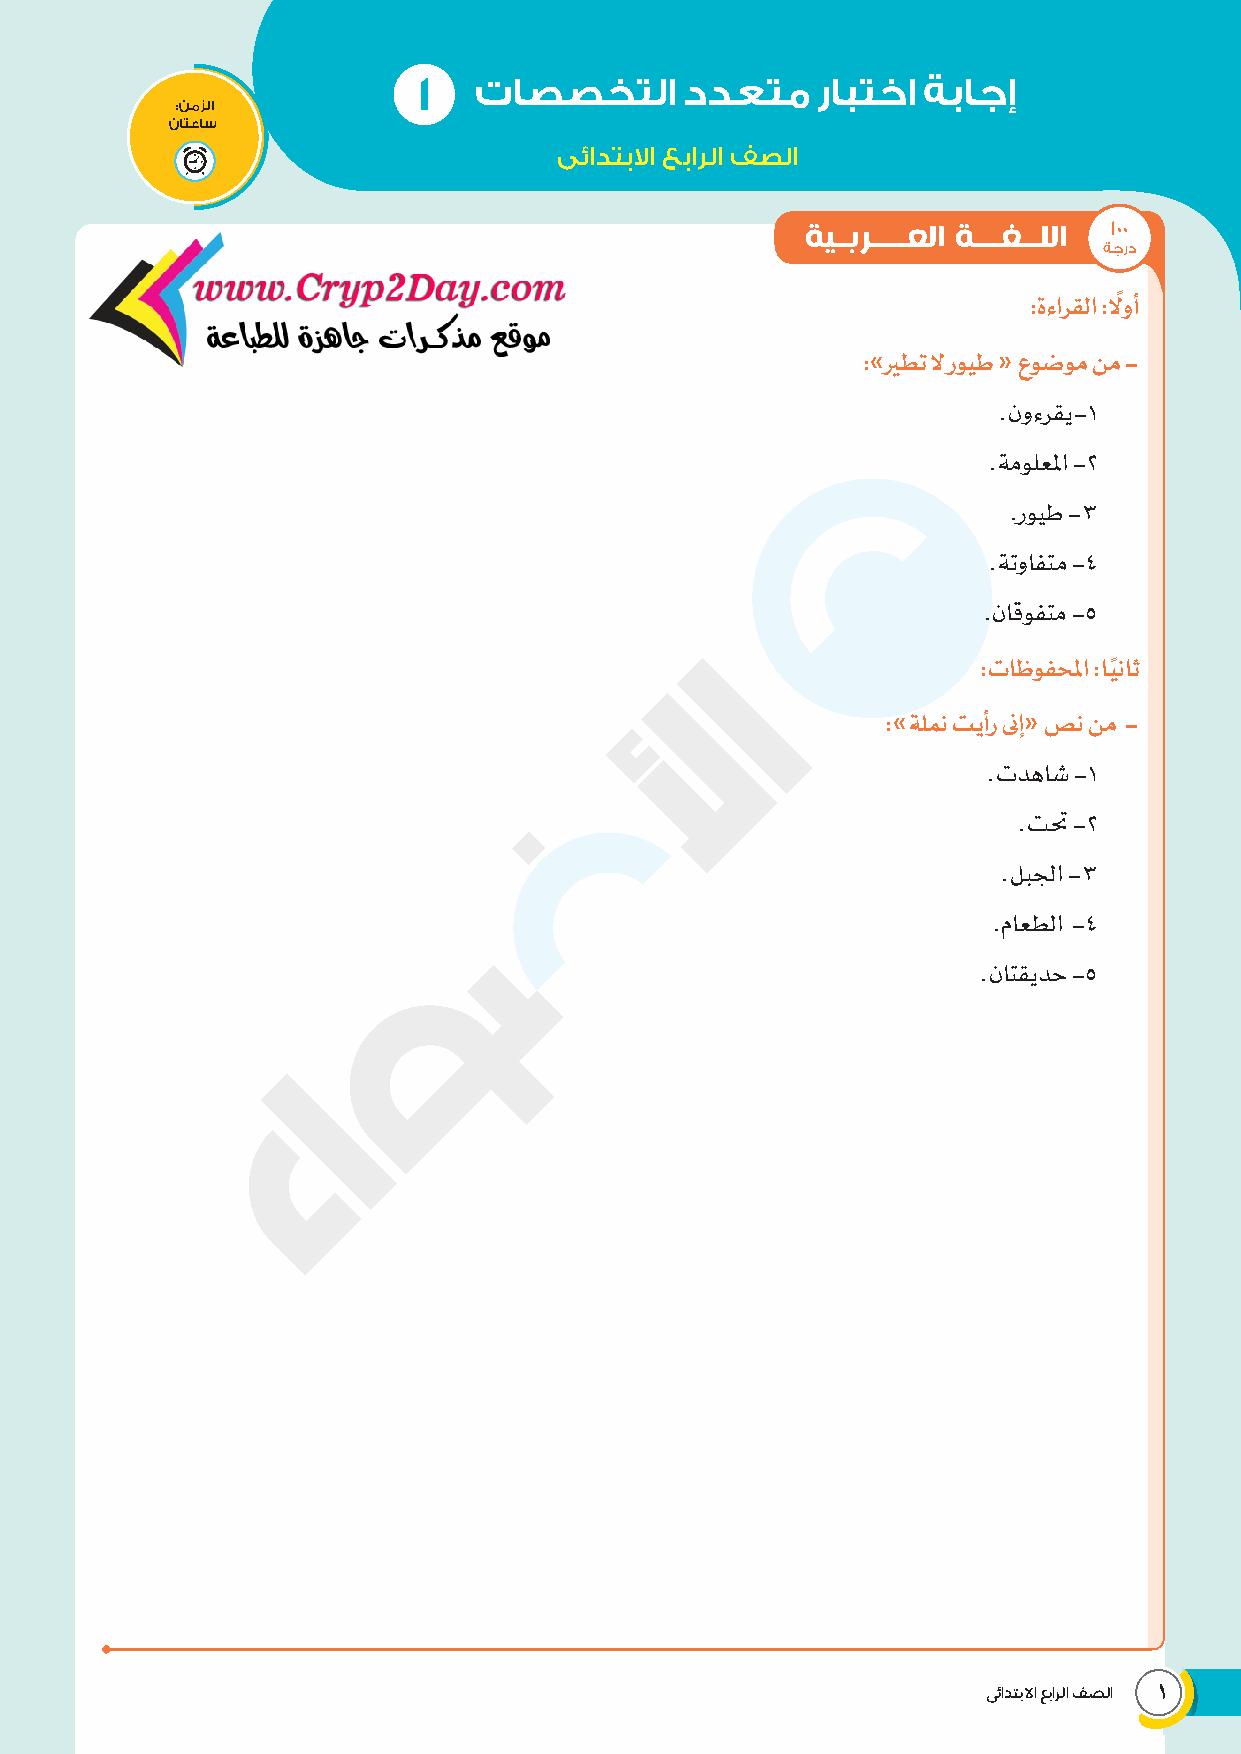
١  تاصصختلا      ددعتم    رابتخا ةباجإ
 :نمزلا
 ناتعاس
 ىئادتبلاا عبارلا فصلا
 ةيـبرــــعلا ةـــغــللا ١٠٠
 ةجرد
 ً
 :ةءارقلا :لوأ
 :»يرطت ل رويط « عوضوم نم -
 .نوءرقي -1
 .ةمولعلما -2
 .رويط -3
 .ةتوافتم -4
 .ناقوفتم -5
 ً
 :تاظوفحلما :ا�يناث
 :»ةلمن تيأر نىإ« صن نم -
 .تدهاش -1
 .تتح -2
 .لبلجا -3
 .ماعطلا -4
 .ناتقيدح -5
 ىئادتبلاا عبارلا فصلا
 1